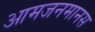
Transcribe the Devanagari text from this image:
आमजनमानस